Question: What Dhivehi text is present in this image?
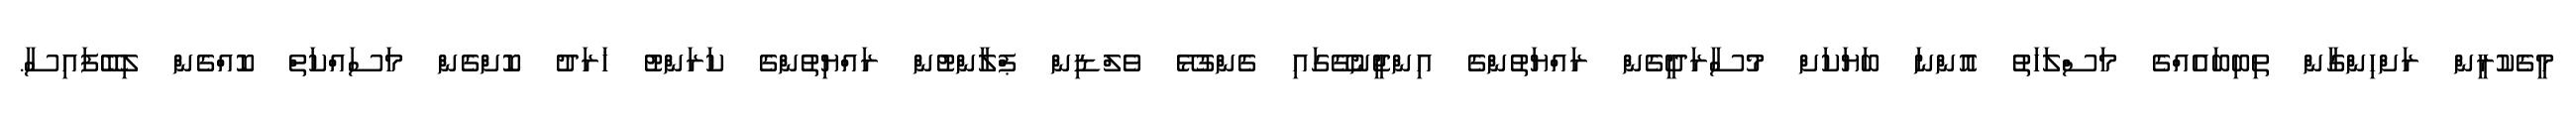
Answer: މީގެކުރީން ރަށްހިންގާން ތިބިބައެއްގެ މަސްލަހަތު އޮންނަ ބަޔަކަށް މުސާރަދީގެން ރައްޔަތުންގެ އިންޖީނުގޭގައި ގެންގުޅޭ ވެލްޑިން ޕްލާންޓުން ރައްޔިތުންގެ ކަރަންޓު ޚަރަދު ކޮށްގެން މަސައްކަތް ކޮއްގެން ލިބޭފައިސާ.